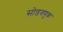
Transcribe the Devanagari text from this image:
सोडवणुक